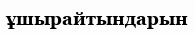
ұшырайтындарын